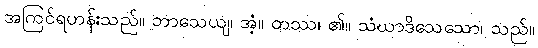
အကြင်ရဟန်းသည်။ ဘာသေယျ၊ အံ့။ တဿ၊ ၏။ သံဃာဒိသေသော၊ သည်။